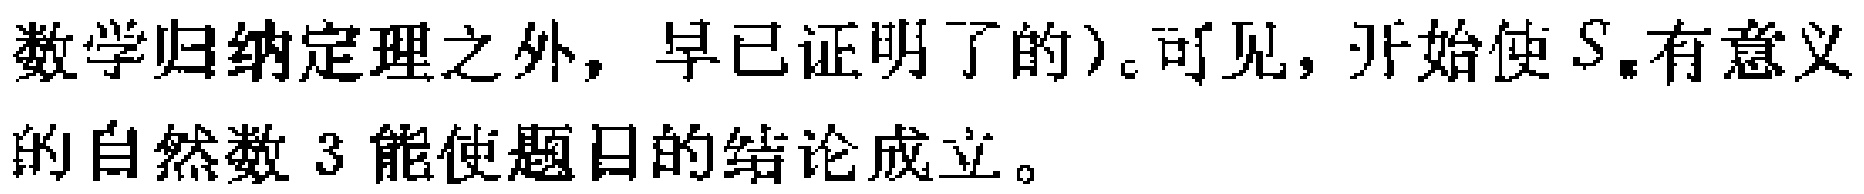
数学归纳定理之外，早已证明了的）。可见，开始使 \(S_{n}\) 有意义的自然数 3 能使题目的结论成立。